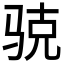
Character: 𲌆